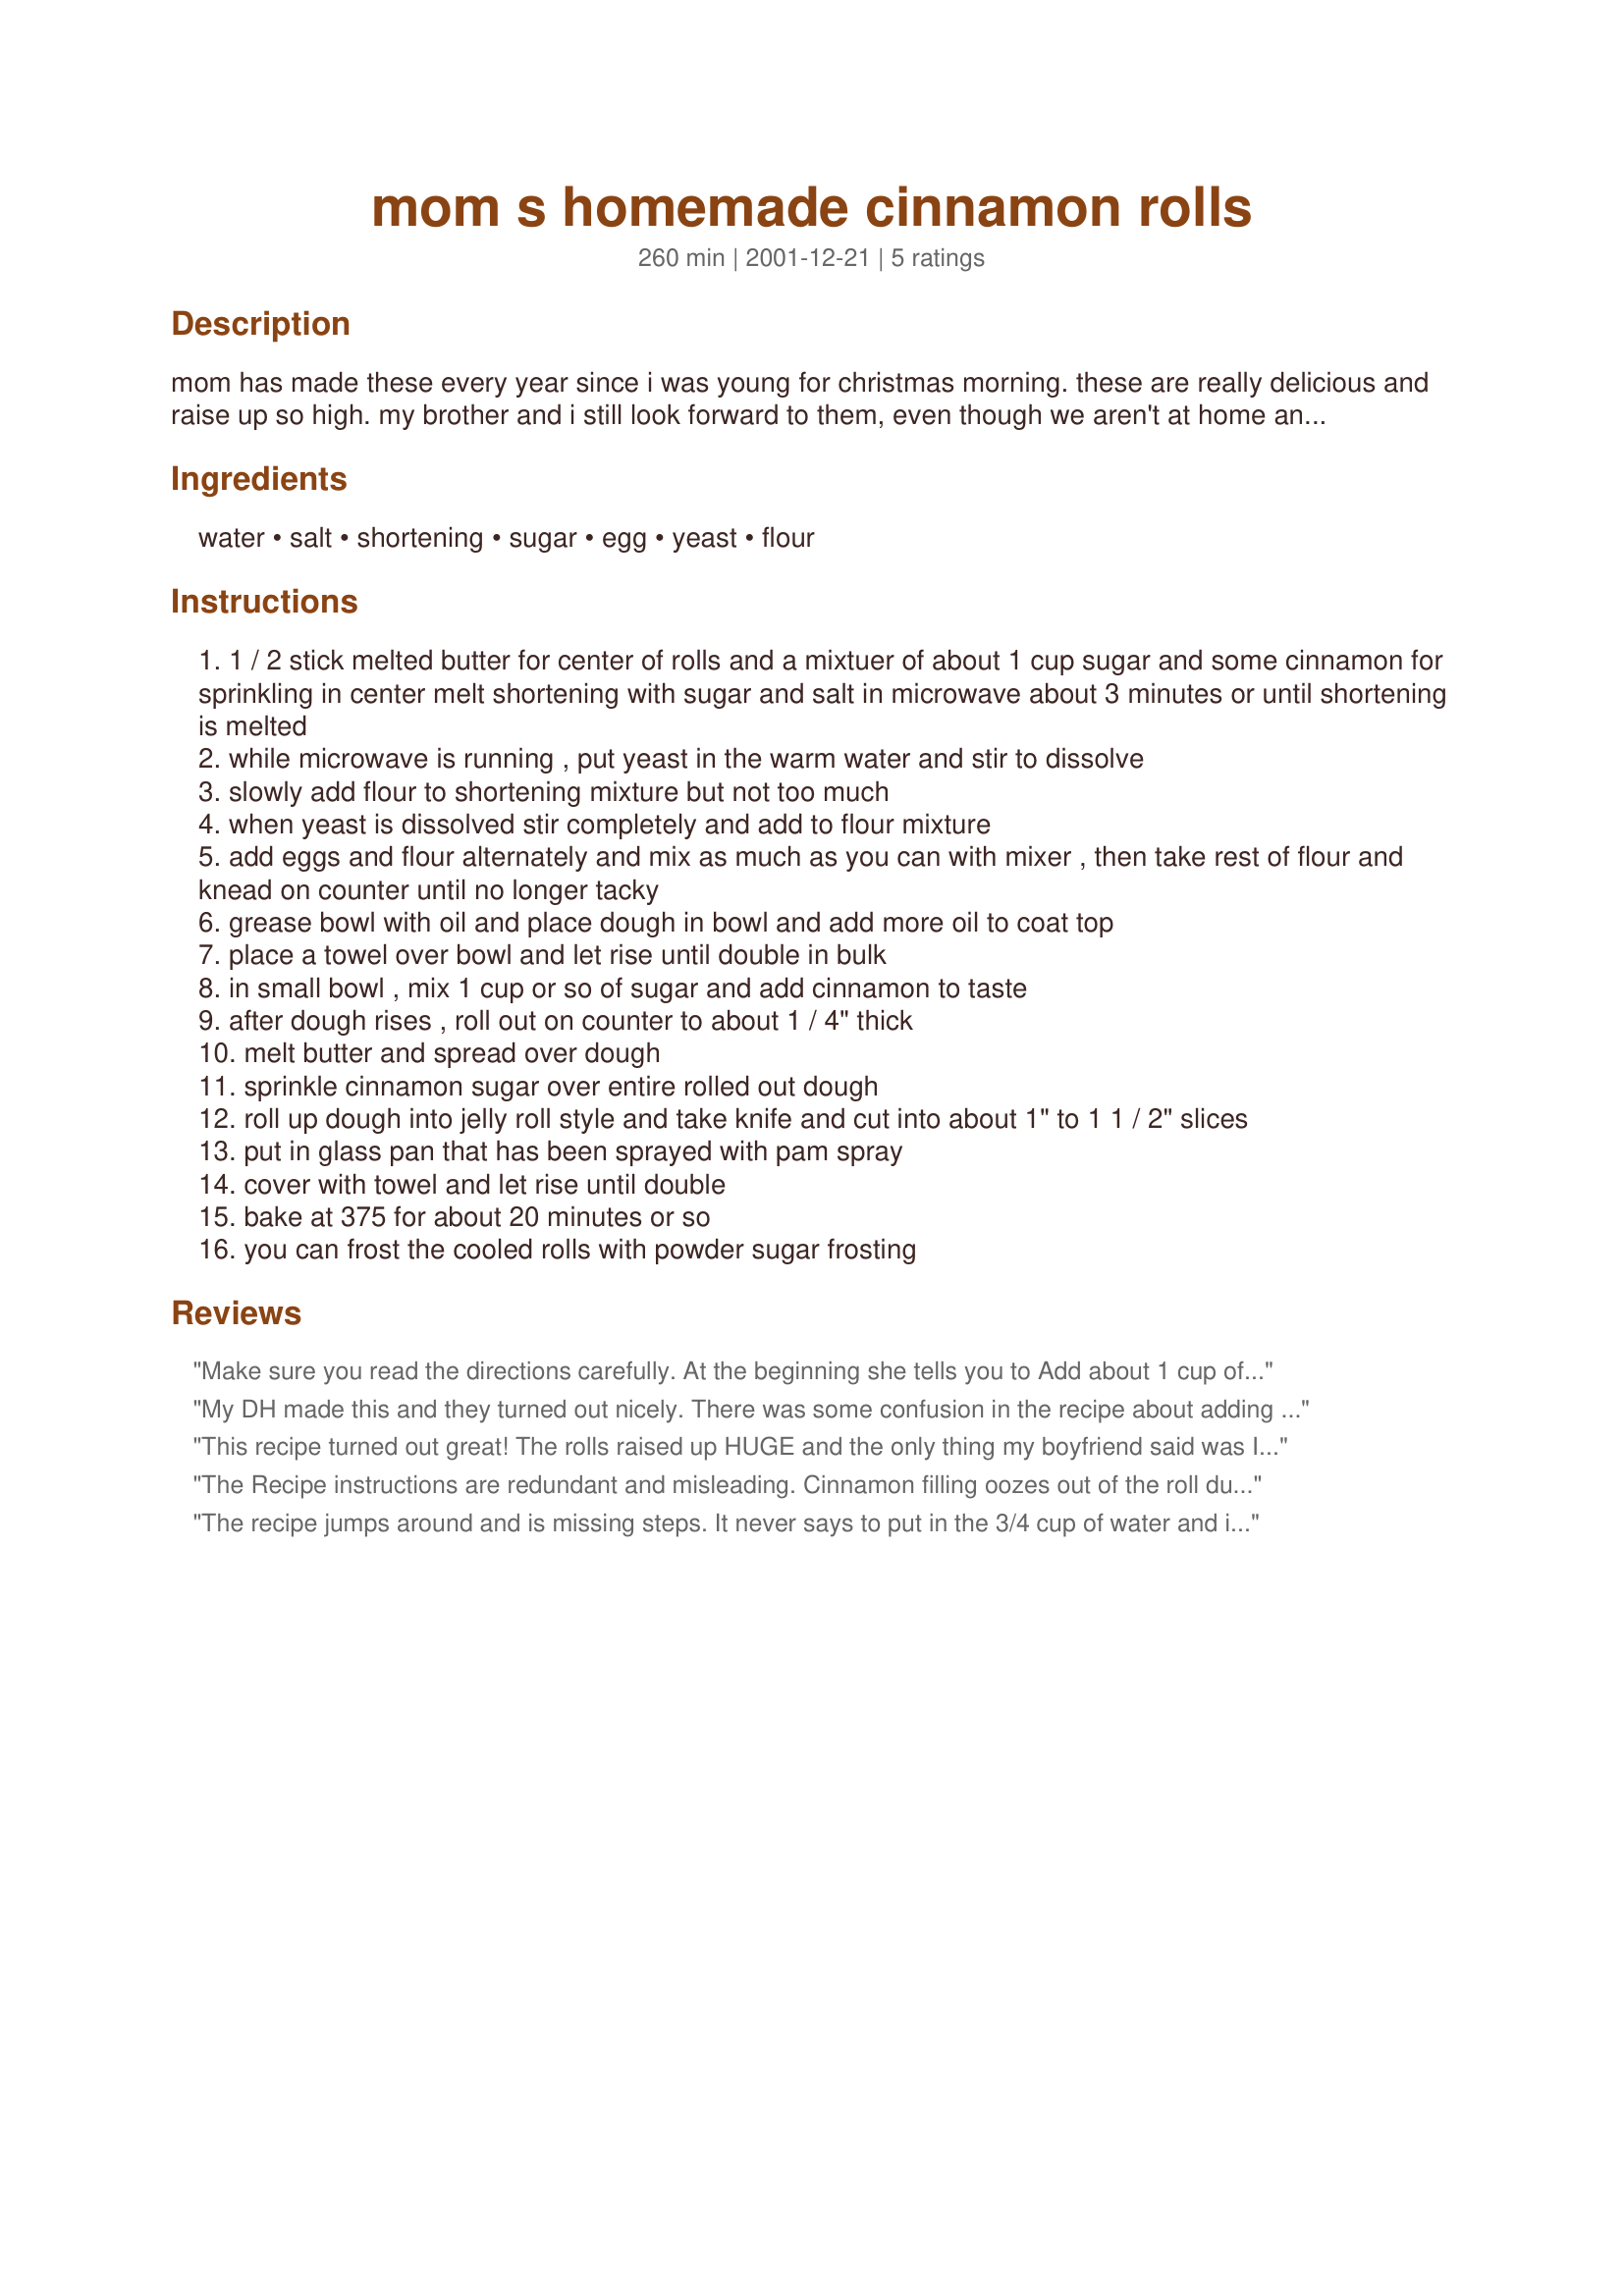
mom s homemade cinnamon rolls
Preparation time: 260 minutes

mom has made these every year since i was young for christmas morning. these are really delicious and raise up so high. my brother and i still look forward to them, even though we aren't at home anymore. she had asked me to post these so others could enjoy them too.

Ingredients:
water, salt, shortening, sugar, egg, yeast, flour

Steps:
1 / 2 stick melted butter for center of rolls and a mixtuer of about 1 cup sugar and some cinnamon for sprinkling in center melt shortening with sugar and salt in microwave about 3 minutes or until shortening is melted
while microwave is running , put yeast in the warm water and stir to dissolve
slowly add flour to shortening mixture but not too much
when yeast is dissolved stir completely and add to flour mixture
add eggs and flour alternately and mix as much as you can with mixer , then take rest of flour and knead on counter until no longer tacky
grease bowl with oil and place dough in bowl and add more oil to coat top
place a towel over bowl and let rise until double in bulk
in small bowl , mix 1 cup or so of sugar and add cinnamon to taste
after dough rises , roll out on counter to about 1 / 4" thick
melt butter and spread over dough
sprinkle cinnamon sugar over entire rolled out dough
roll up dough into jelly roll style and take knife and cut into about 1" to 1 1 / 2" slices
put in glass pan that has been sprayed with pam spray
cover with towel and let rise until double
bake at 375 for about 20 minutes or so
you can frost the cooled rolls with powder sugar frosting

Reviews:
Make sure you read the directions carefully. At the beginning she tells you to Add about 1 cup of sugar and some cinnamon (your tastes) and 1/2 stick of melted butter. I use 1/2 c butter 3/4 cup sugar and 1/4 cup of cinnamon but we love cinnamon.
The water is in Step 2.-Add yeast to water. Most bakers do this to their yeast before adding to bread to prove that it is active.
Great recipe! Thanks for sharing. :)
My DH made this and they turned out nicely. There was some confusion in the recipe about adding the water, but they turned out well anyway. They didn't rise as fluffy as we'd have liked, but that may be user error!
This recipe turned out great! The rolls raised up HUGE and the only thing my boyfriend said was I should double the filling. Great Recipe! Thanks!
The Recipe instructions are redundant and misleading. 

Cinnamon filling oozes out of the roll during baking.

You need more liquid in dough than recipe calls for.

I would like to re-do this recipe, but with some changes.
The recipe jumps around and is missing steps. It never says to put in the 3/4 cup of water and it tells you to make the cinnamon/sugar a couple times (but doesn't list it in the ingredients). I added some milk to the dough because it was very crumbly and wouldn't hold together. The kids loved them, but I thought they tasted more like biscuits with sugar added.
